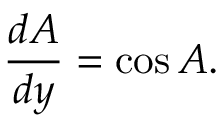
{ \frac { d A } { d y } } = \cos A .